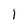
Character: 1